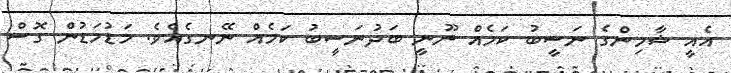
އެއީ ޝާމިންގެ ނަސީބު ކަމެއް ނޫނީ ބަދުނަސީބު ކަމެއް ނޭނގެއެވެ. މަޑުމަޑުން ގޮސް